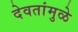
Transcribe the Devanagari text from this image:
देवतांमुळे